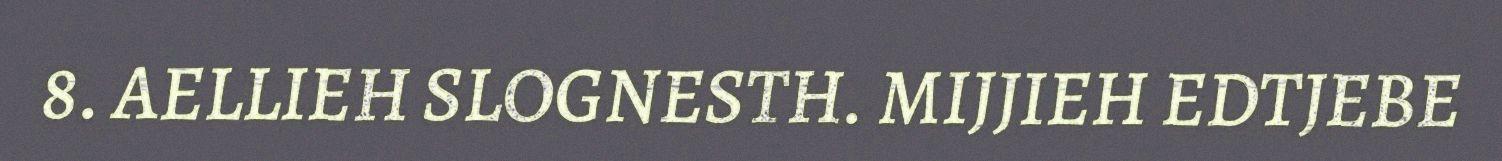
8. AELLIEH SLOGNESTH. MIJJIEH EDTJEBE